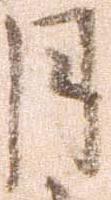
月